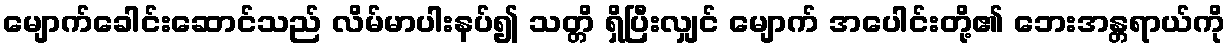
မျောက်ခေါင်းဆောင်သည် လိမ်မာပါးနပ်၍ သတ္တိ ရှိပြီးလျှင် မျောက် အပေါင်းတို့၏ ဘေးအန္တရာယ်ကို